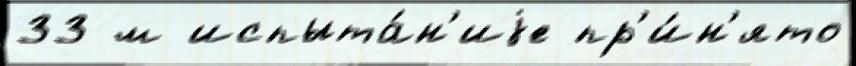
33 м испыта́н'иjе пр'и́н'ято